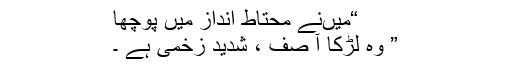
“میںنے محتاط انداز میں پوچھا
” وہ لڑکا آ صف ، شدید زخمی ہے ۔